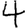
Digit: 4